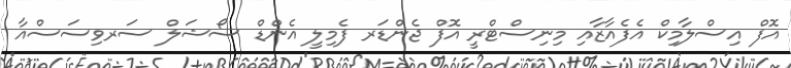
އޮފް އިސްލާމިކް އެފެއާޒާއި މިނިސްޓްރީ އޮފް ޖެންޑަރ ފެމިލީ އެންޑް ސޯޝަލް ސަރވިސަސްއާ